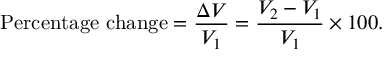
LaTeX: { \mathrm { P e r c e n t a g e ~ c h a n g e } } = { \frac { \Delta V } { V _ { 1 } } } = { \frac { V _ { 2 } - V _ { 1 } } { V _ { 1 } } } \times 1 0 0 .